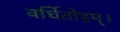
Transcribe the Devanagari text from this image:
वर्धितोहम्।